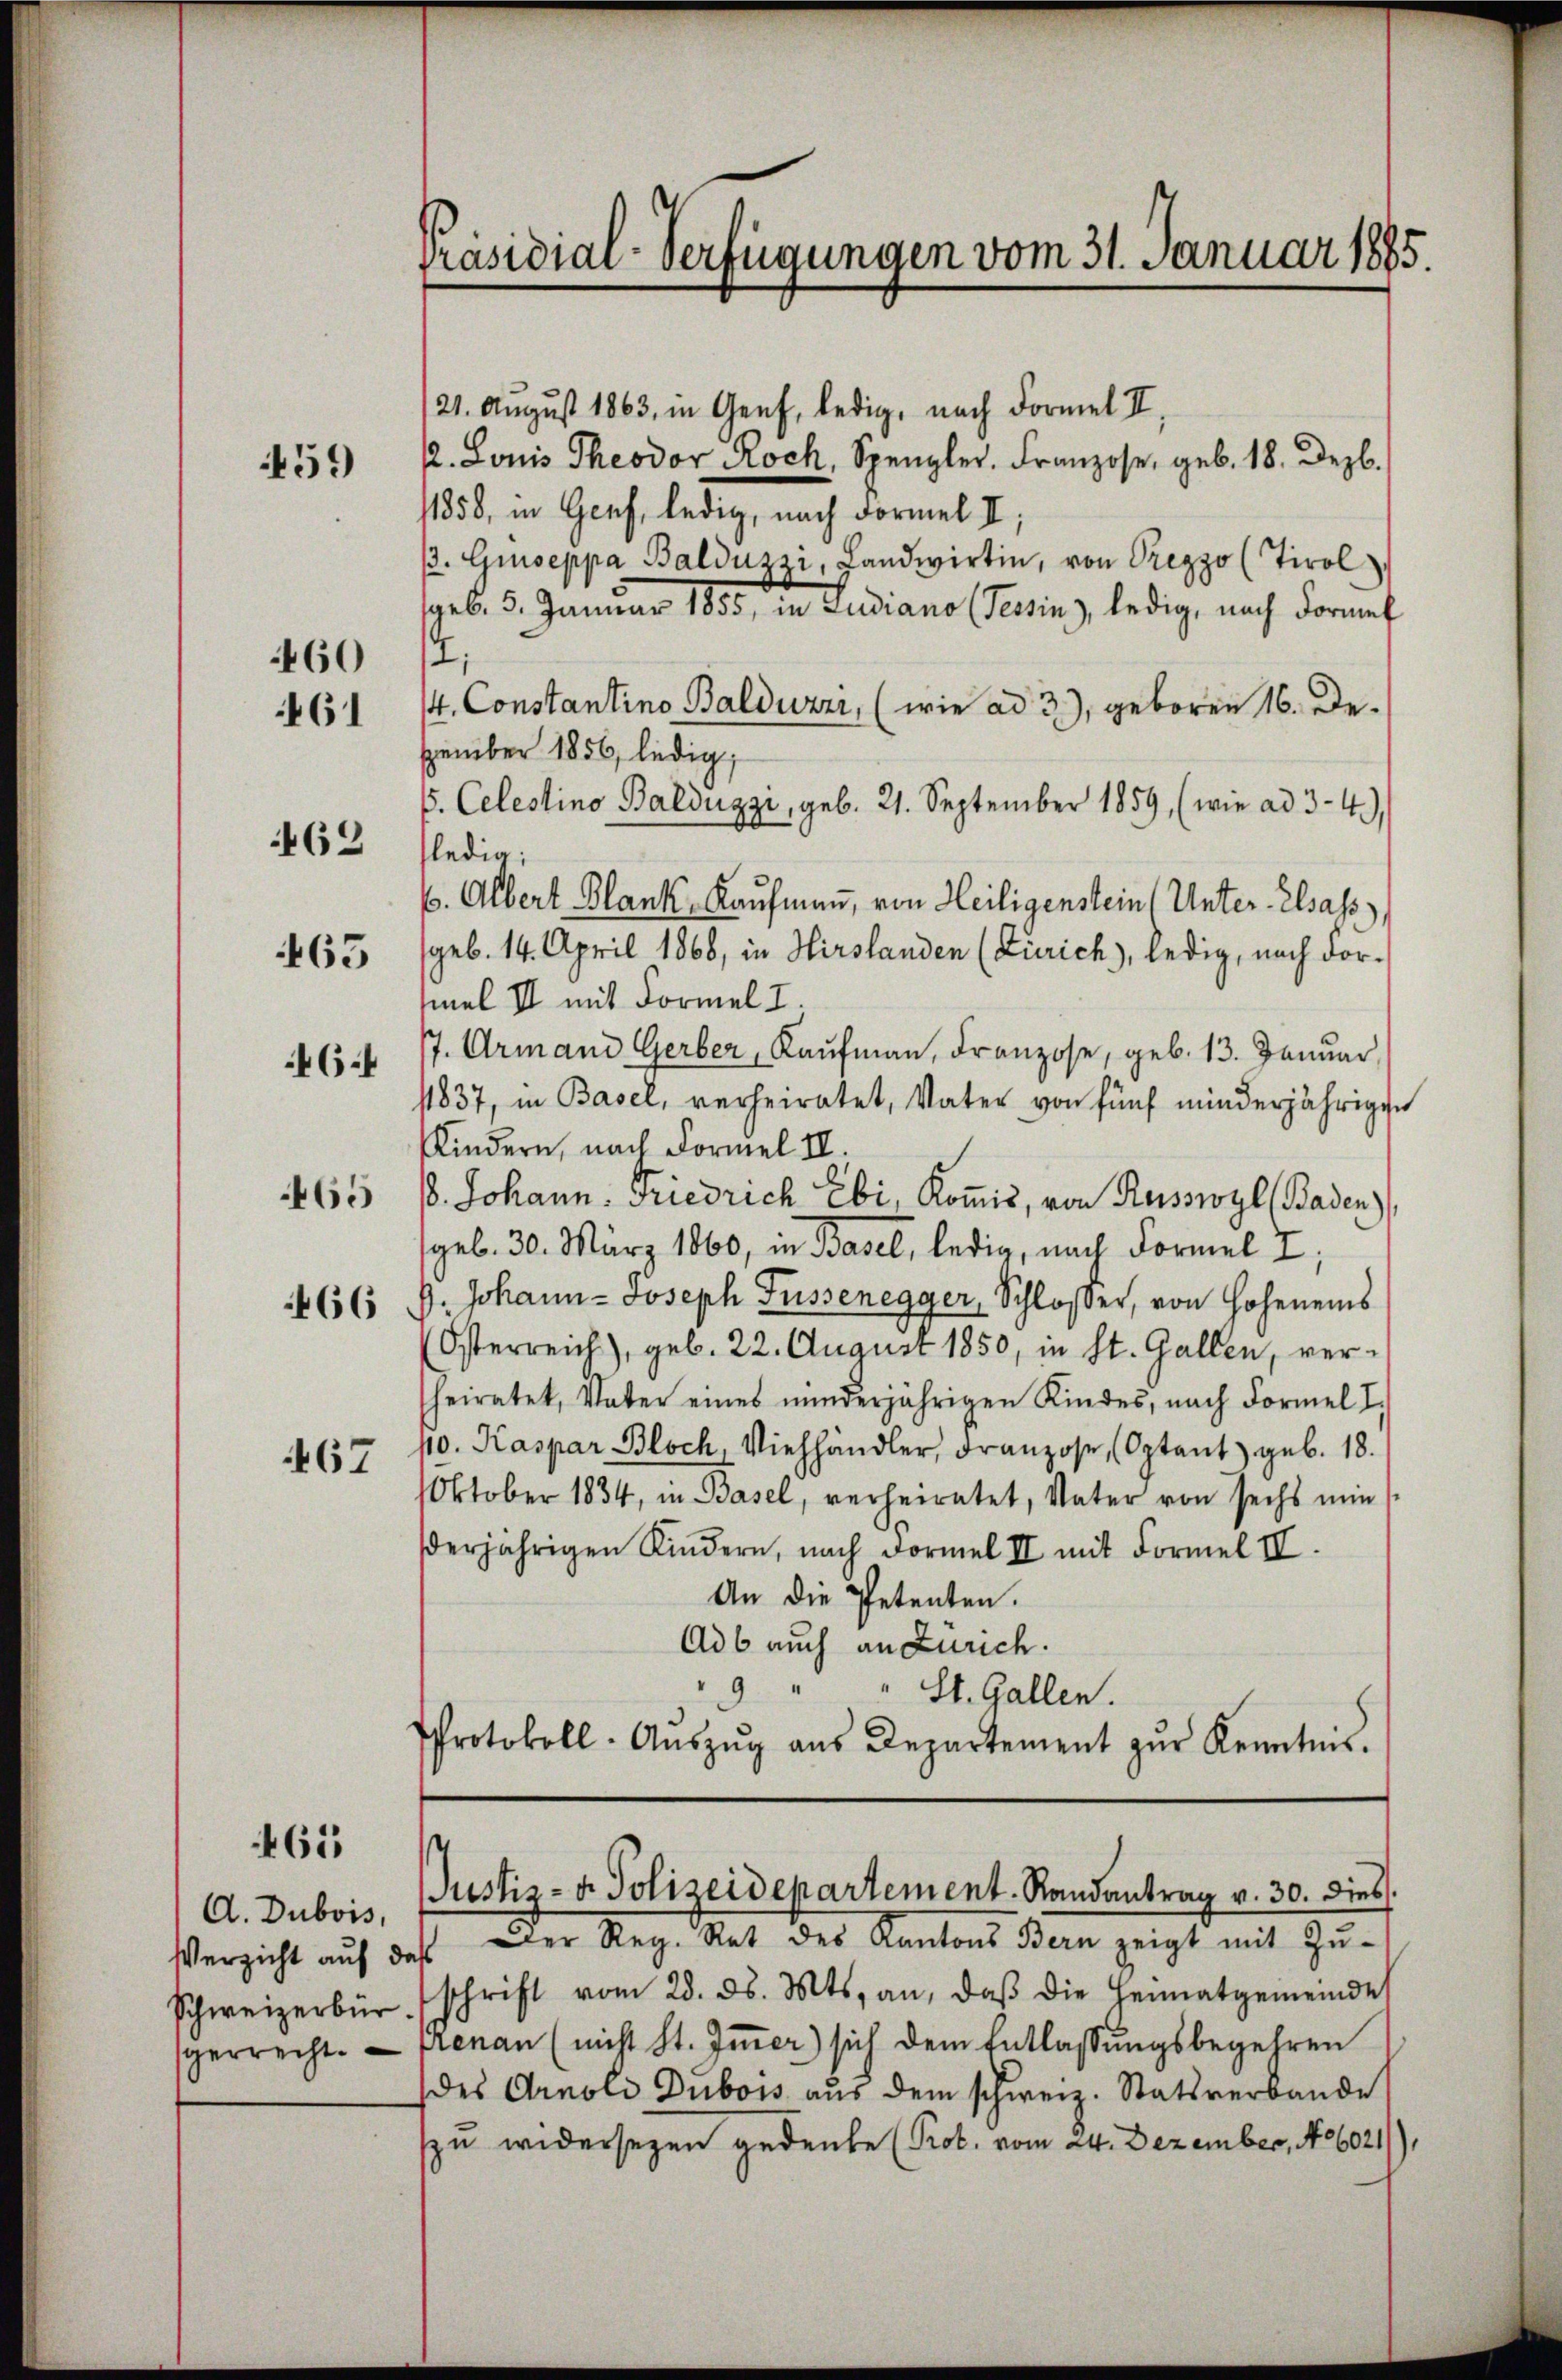
59

460
461

462

463

46

467

61

65
466

A. Dubois,
Verzicht auf d
Schweizerbür
gerrecht.

Präsidiar-Verfügungen vom 31. Januar 1885.

21. August 1863, in Genf, ledig, nach Formel II,
/. Louis Theodor Roch, Spengler. Franzose, geb. 18. Dezb.
11858, in Genf, ledig, nach Formel II,
β. Guseppa Balduzzi, Landwirtin, von Prezzo (Tirol,
geb. 5. Januar 1855, in Ludiano (Tessin), ledig, nach Formel
2.
14. Constantino Balduzzi, (wie ad 3.), geboren 16. De-
zember 1856, ledig,
6. Celestino Balduzzi, geb. 21. September 1859, (wie ad 3-4.)
fledig
6. Albert Blank, Kaufmann, von Heiligenstein (Unter-Elsass,
geb. 14. April 1868, in Hirslanden (Zürich), ledig, nach dor-
mel II mit Formel I.
/7. Armand Gerber, Kaŭfmaṅ, Franzose, geb. 13. Januar
11837, in Basel, verheiratet, Vater von fünf minderjährigen
Kindern, nach Formel II.
18. Johann. Friedrich Ebi, Komis, von Russwyl (Baden),
geb. 30. März 1860, in Basel, ledig, nach Formel 7;
G. Johann Joseph Füssenegger, Schloßer, von Hohenens
Österreich), geb. 22. August 1850, in St. Gallen, verheiratet, Vater eines minderjährigen Kindes, nach Formel I
10. Kaspar Bloch, Viehhändler, Franzose, (Optant) geb. 18.
Oktober 1834, in Basel, verheiratet, Vater von sechs nŭn
derjährigen Kindern, nach Formel II mit Formel IV.
An die Petenten.
Adb auch an Zürich.
9
St. Gallen.
Protokoll- Aŭszŭg aŭs Departement zŭr Kenntnis.

Justiz- u. Polizeidepartement. Randantrag v. 30. dies

Der Reg. Rat des Kantons Bern zeigt mit Zŭ-
afs
schrift vom 28. ds. Mts. an, daβ die Heimatgemeinde
renan (nicht St. Immer) sich dem Entlassungsbegehren
des Arnold Dubois aus dem schweiz. Statsverbande
zu widersezen gedenke (Pob. vom 24. Dezember, 186021),